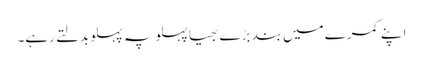
اپنے کمرے میں بند بڑے بھیا پہلو پہ پہلو بدلتے رہے۔